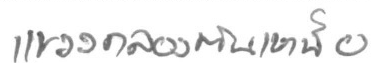
แขวงคลองตันเหนือ